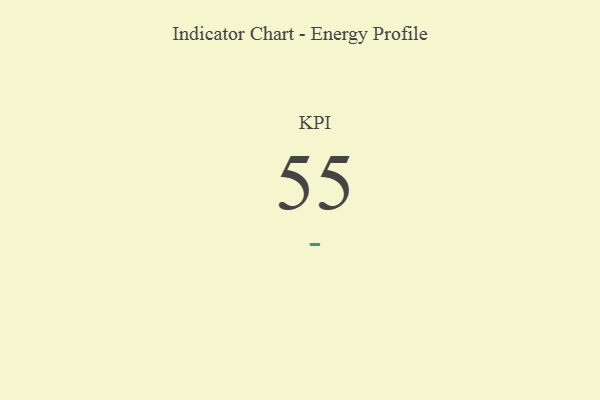
{"axis": {"x": "KPI", "y": "Value"}, "legend": [""], "data": [{"x": "KPI", "y": 55, "type": ""}]}